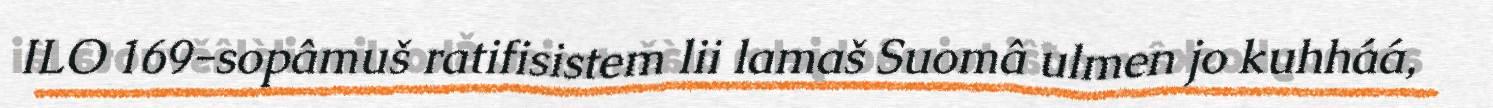
ILO 169-sopâmuš ratifisistem lii lamaš Suomâ ulmen jo kuhháá,